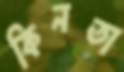
কিনতা